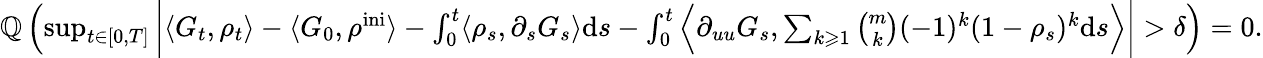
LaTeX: \begin{array}{r}{\mathbb{Q}\left(\operatorname*{sup}_{t\in[0,T]}\bigg|\langle G_{t},\rho_{t}\rangle-\langle G_{0},\rho^{\mathrm{ini}}\rangle-\int_{0}^{t}\langle\rho_{s},\partial_{s}G_{s}\rangle\mathrm{d}s-\int_{0}^{t}\Big\langle\partial_{uu}G_{s},\sum_{k\geqslant 1}\binom{m}{k}(-1)^{k}(1-\rho_{s})^{k}\mathrm{d}s\Big\rangle\bigg|>\delta\right)=0.}\end{array}